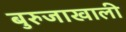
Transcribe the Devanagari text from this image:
बुरुजाखाली